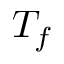
T _ { f }